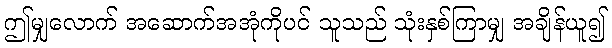
ဤမျှလောက် အဆောက်အအုံကိုပင် သူသည် သုံးနှစ်ကြာမျှ အချိန်ယူ၍